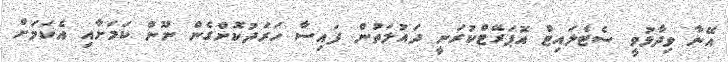
އޭނާ ވިދާޅުވީ ސެޓެލައިޓް އޮޕަރޭޓްކުރަނީ ދައުލަތުން ފައިސާ ހަރަދުކޮށްގެން ނޫން ކަމަށާއި އެކަމަށް